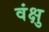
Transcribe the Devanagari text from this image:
वंक्षु